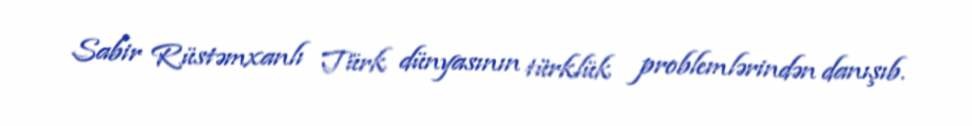
Sabir Rüstəmxanlı Türk dünyasının türklük problemlərindən danışıb.